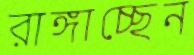
রাঙ্গাচ্ছেন